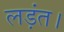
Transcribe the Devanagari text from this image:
लड़ंत।